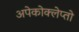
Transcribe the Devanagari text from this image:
अपेकोक्लेप्तो